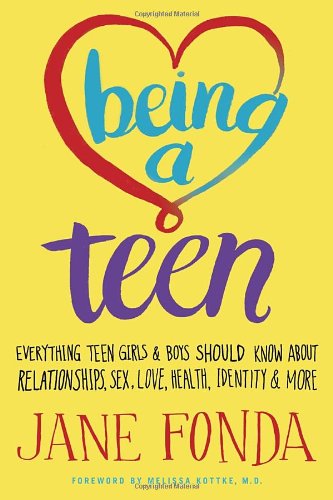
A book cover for Being a Teen: Everything Teen Girls & Boys Should Know About Relationships, Sex, Love, Health, Identity & More; Jane Fonda; Parenting & Relationships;